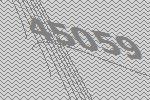
45059